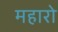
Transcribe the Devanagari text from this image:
महारो